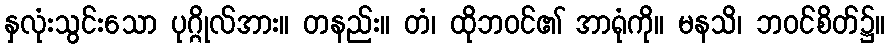
နှလုံးသွင်းသော ပုဂ္ဂိုလ်အား။ တနည်း။ တံ၊ ထိုဘဝင်၏ အာရုံကို။ မနသိ၊ ဘဝင်စိတ်၌။